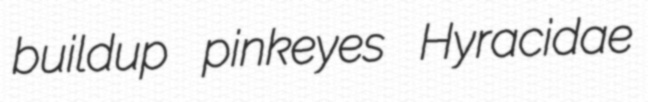
buildup pinkeyes Hyracidae